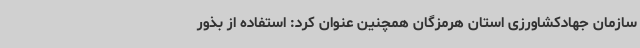
سازمان جهادکشاورزی استان هرمزگان همچنین عنوان کرد: استفاده از بذور